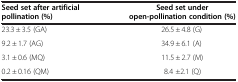
<table><thead><tr><td><b>Seed set after artificial pollination (%)</b></td><td><b>Seed set under open-pollination condition (%)</b></td></tr></thead><tbody><tr><td>23.3 ± 3.5 (GA)</td><td>26.5 ± 4.8 (G)</td></tr><tr><td>9.2 ± 1.7 (AG)</td><td>34.9 ± 6.1 (A)</td></tr><tr><td>3.1 ± 0.6 (MQ)</td><td>11.5 ± 2.7 (M)</td></tr><tr><td>0.2 ± 0.16 (QM)</td><td>8.4 ±2.1 (Q)</td></tr></tbody></table>